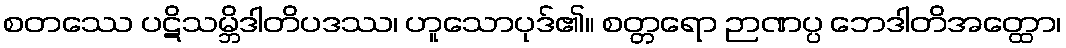
စတဿေ ပဋိသမ္ဘိဒါတိပဒဿ၊ ဟူသောပုဒ်၏။ စတ္တရော ဉာဏပ္ပ ဘေဒါတိအတ္ထော၊